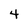
Character: 4